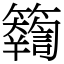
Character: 𥷤